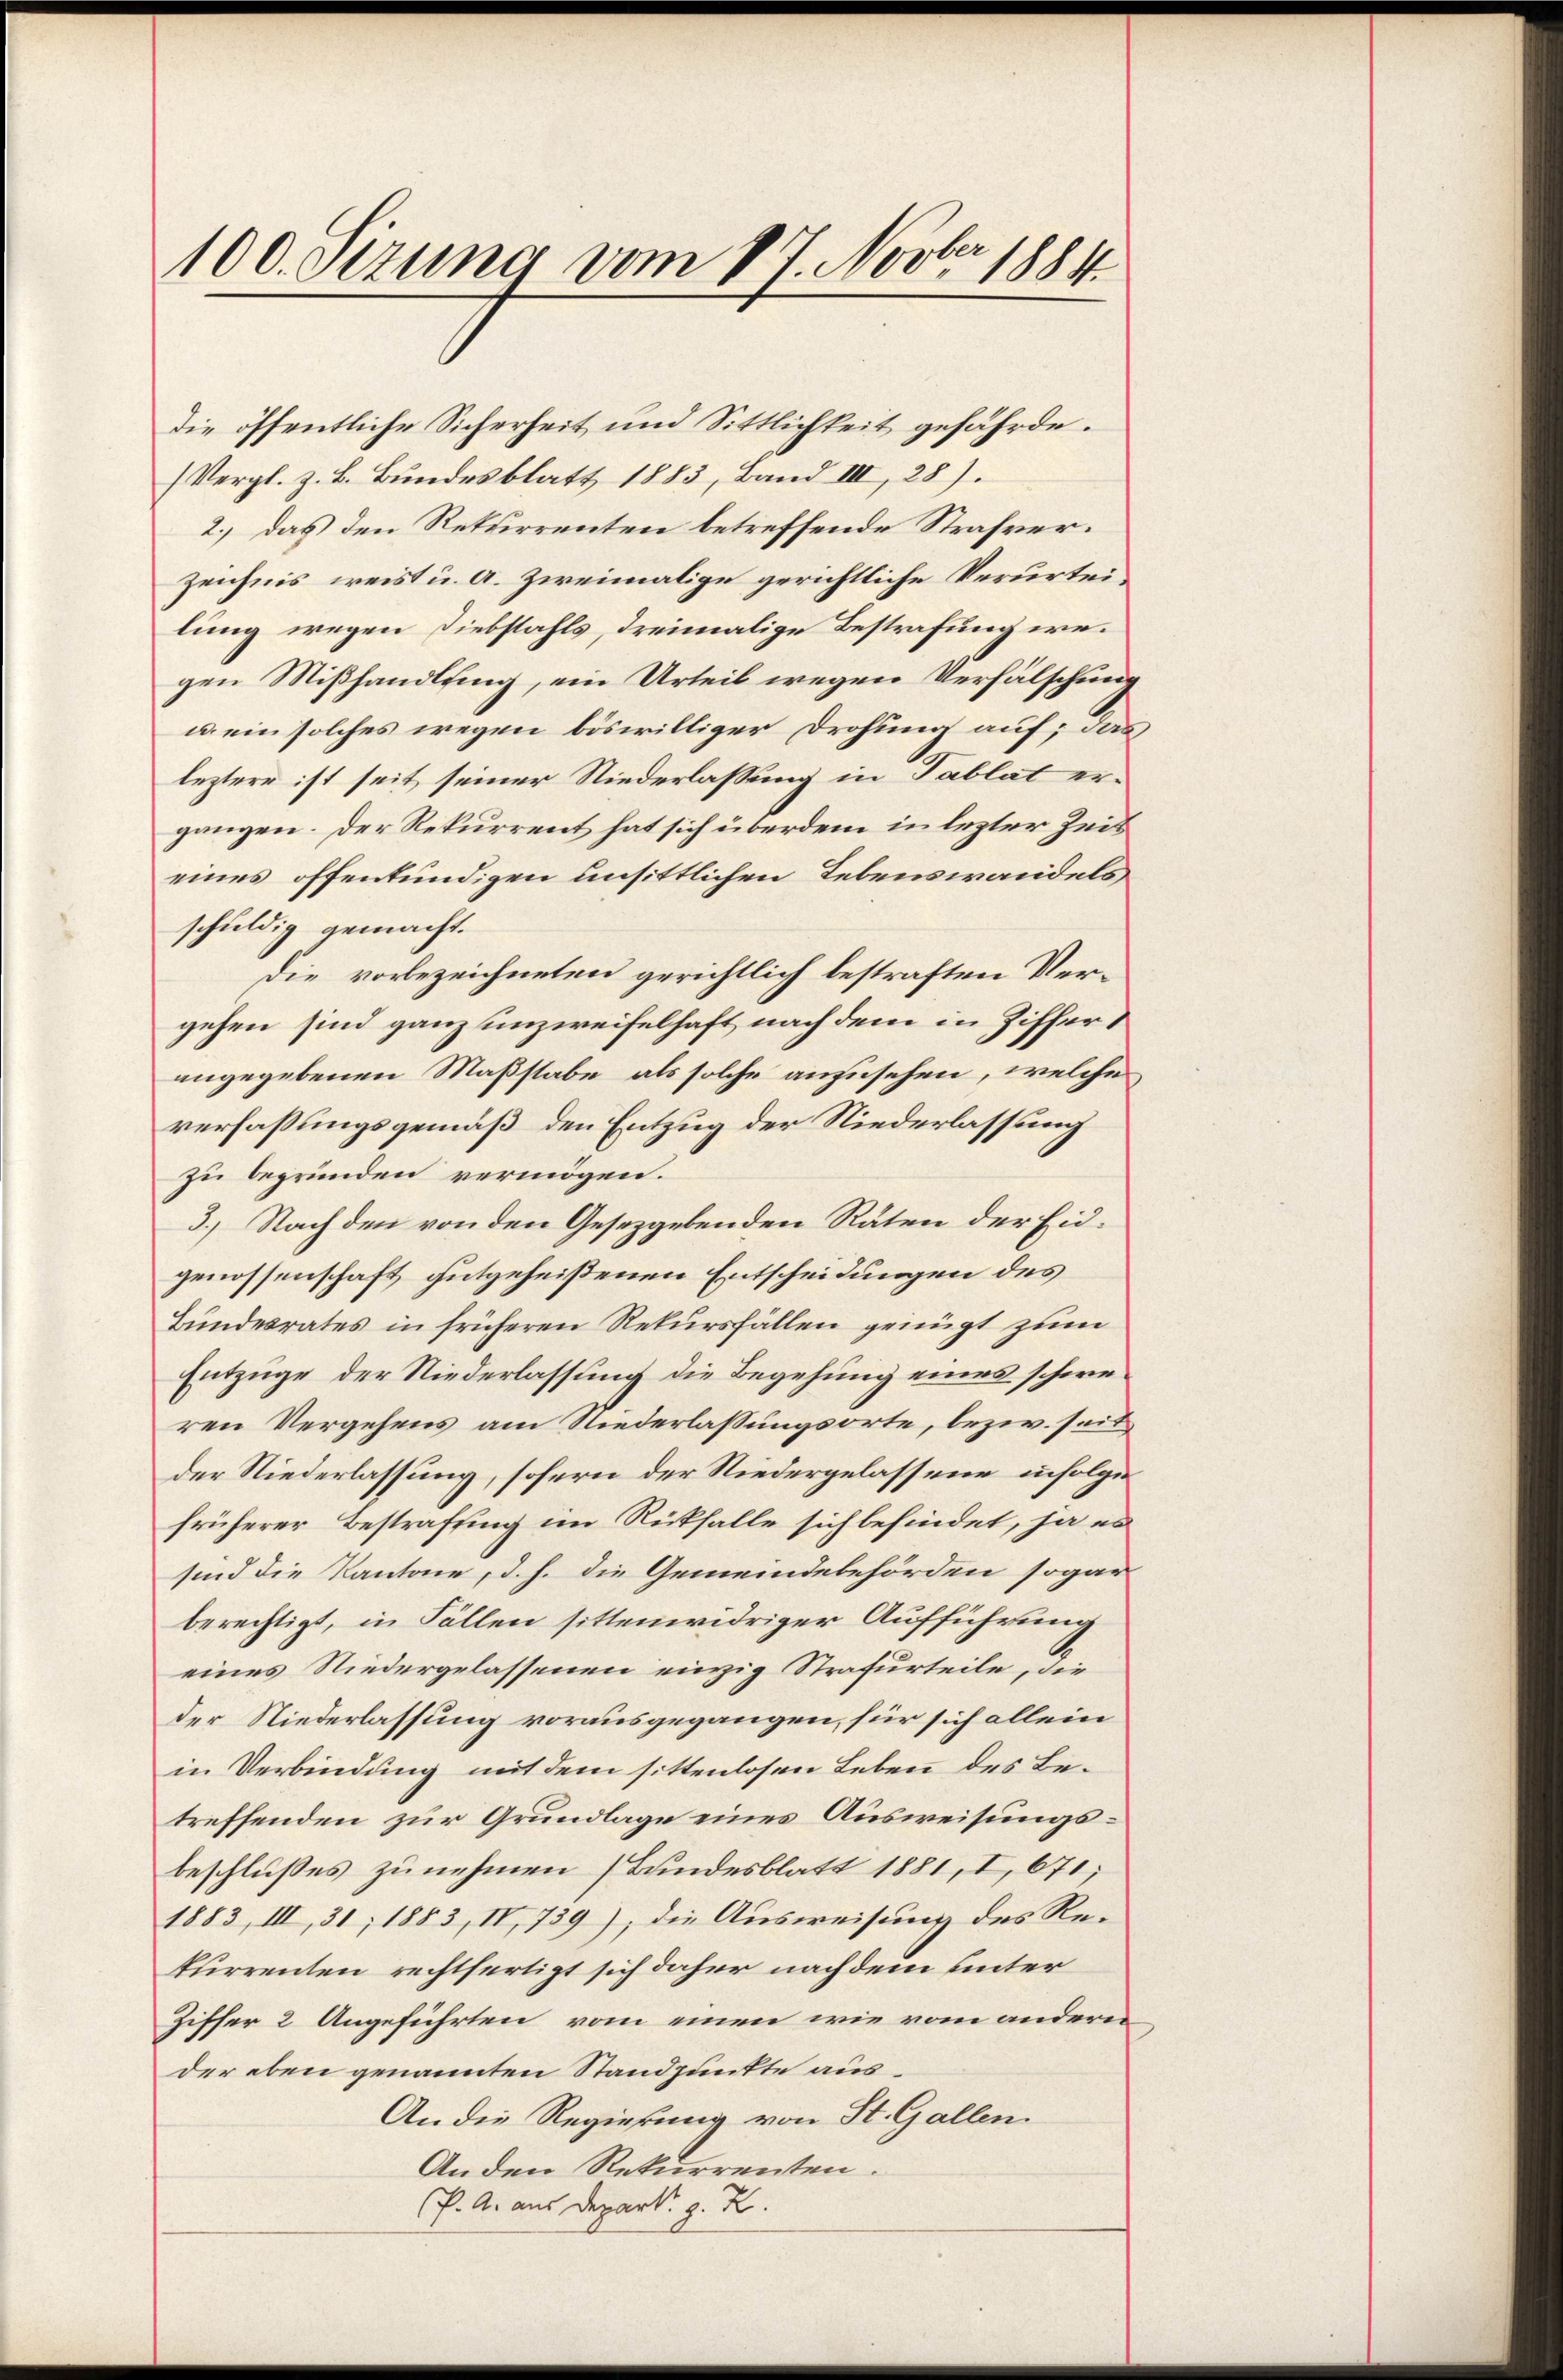
100. Stzung vom 17. Novber 1884

die öffentliche Sicherheit und Sittlichkeit gefährde.
(Vergl. z. B. Bundesblatt 1883, Band III, 28).
2.) das den Rekurrenten betreffende Strafverzeichnis weist u. a. zweimalige gerichtliche Verurteilung wegen Diebstahls, dreimalige Bestrafung wegen Mißhandlung, ein Urteil wegen Verfälschung
u. ein solches wegen böswilliger Drohung auf; das
leztere ist seit seiner Niederlassung in Tablat ergangen. Der Rekurrent hat sich überdem in lezter Zeit
eines offenkundigen unsittlichen Lebenswandels
schuldig gemacht.
Die vorbezeichneten gerichtlich bestraften Vergehen sind ganz unzweifelhaft nach dem in Zifferangegebenen Maßstabe, als solche anzusehen, welche
verfaßungsgemäß den Entzug der Niederlassung
zu begründen vermögen.
3.) Nach den von den Gesetzgebenden Räten der Eidgenossenschaft gutgeheißenen Entscheidungen des
Bundesrates in früheren Rekursfällen genügt zum
Entzüge der Niederlassung die Begehung eines schweren Vergehens am Niederlassungsorte, bezw. seit
der Niederlassung, sofern der Niedergelassene infolge
früherer Bestrafung im Rückfalle sich befindet, ja es
sind die Kantone, d. h. die Gemeindebehörden sogar
berechtigt, in Fällen sittenwidriger Aufführung
eines Niedergelassenen einzig Strafurteile, die
der Niederlassung vorausgegangen, für sich allein
in Verbindung mit dem sittenlosen Leben des Betreffenden zur Grundlage eines Ausweisungsbeschlußes zunehmen (Bundesblatt 1881, I, 671;
1883, III, 31; 1883, IV, 739), die Ausweisung des Rekurrenten rechtfertigt sich daher nachdem unter
Ziffer 2 Angeführten vom einen wie vom andern
der eben genannten Standpunkte aus¬
An die Regierung von St. Gallen.
Anden Rekurrenten.
P. A. aus Depark. z. Z.